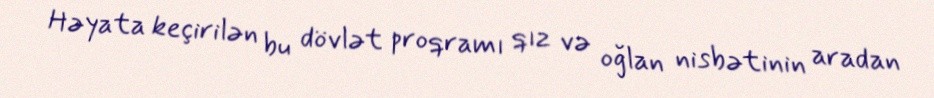
Həyata keçirilən bu dövlət proqramı qız və oğlan nisbətinin aradan